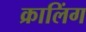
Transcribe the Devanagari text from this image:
क्रालिंग